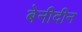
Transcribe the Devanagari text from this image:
बेनीदीन